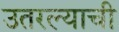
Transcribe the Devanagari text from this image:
उतरल्याची